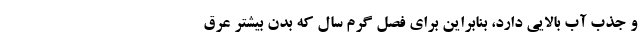
و جذب آب بالایی دارد، بنابراین برای فصل گرم سال که بدن بیشتر عرق